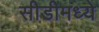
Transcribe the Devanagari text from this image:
सीडीमध्ये